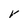
Character: V